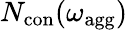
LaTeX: N_{\mathrm{con}}(\omega_{\mathrm{agg}})